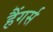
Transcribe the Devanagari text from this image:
हैंगर्स